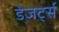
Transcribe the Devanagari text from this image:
डेजर्ट्स